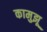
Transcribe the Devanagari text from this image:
कामुझू